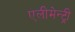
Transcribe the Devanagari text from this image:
एलीमेन्ट्री